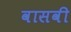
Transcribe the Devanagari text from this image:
वासवी